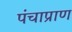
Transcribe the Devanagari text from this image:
पंचाप्राण